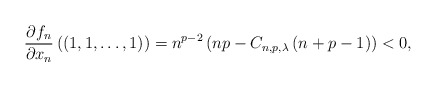
\begin{align*} \frac {\partial f_n}{\partial x_n}\left(\left(1, 1, \ldots, 1 \right) \right)=n^{p-2}\left ( np-C_{n,p,\lambda}\left(n+p-1 \right ) \right ) <0,\end{align*}